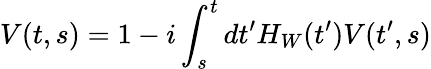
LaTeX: V(t,s)=1-i\int_{s}^{t}dt^{\prime}H_{W}(t^{\prime})V(t^{\prime},s)